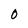
Character: 0